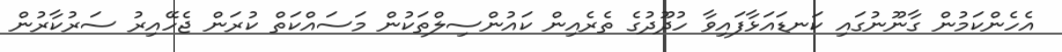
އެހެންކަމުން ގާނޫނުގައި ކަނޑައަޅާފައިވާ ހުދޫދުގެ ތެރެއިން ކައުންސިލްތަކުން މަސައްކަތް ކުރަން ޖެހޭއިރު ސަރުކާރުން